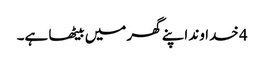
4 خدا وند اپنے گھر میں بیٹھا ہے۔